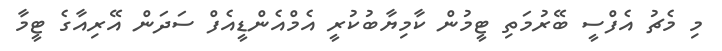
މި މެޗު އެފްސީ ބޭރުމަތި ޓީމުން ކާމިޔާބުކުރީ އެމްއެންޑީއެފް ސަދަން އޭރިއާގެ ޓީމާ